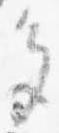
色